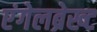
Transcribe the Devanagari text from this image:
एंगेलब्रेख्ट